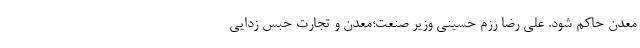
معدن حاکم شود. علی رضا رزم حسینی وزیر صنعت؛معدن و تجارت حبس زدایی